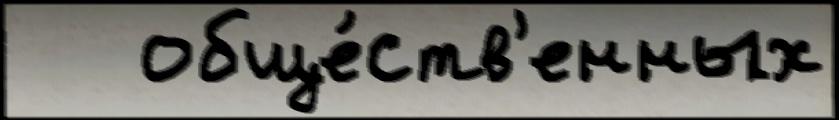
   обще́ств'енных